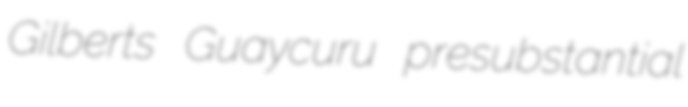
Gilberts Guaycuru presubstantial